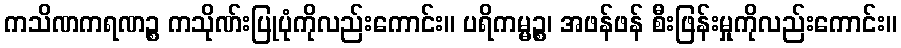
ကသိဏကရဏဉ္စ ကသိုဏ်းပြုပုံကိုလည်းကောင်း။ ပရိကမ္မဉ္စ၊ အဖန်ဖန် စီးဖြန်းမှုကိုလည်းကောင်း။